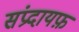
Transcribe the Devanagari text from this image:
संप्रदायफ़